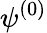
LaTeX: \psi^{(0)}